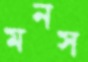
মনস